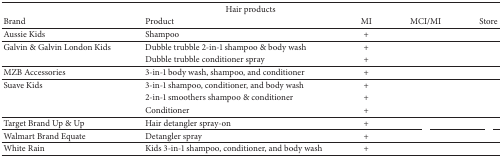
<table><thead><tr><td colspan="5"><b>Hair products</b></td></tr><tr><td><b>Brand</b></td><td><b>Product </b></td><td><b>MI</b></td><td><b>MCI/MI</b></td><td><b>Store</b></td></tr></thead><tbody><tr><td>Aussie Kids</td><td>Shampoo</td><td>+</td><td>[EMPTY_CELL]</td><td>[EMPTY_CELL]</td></tr><tr><td>Galvin &amp; Galvin London Kids </td><td>Dubble trubble 2-in-1 shampoo &amp; body wash</td><td>+</td><td>[EMPTY_CELL]</td><td>[EMPTY_CELL]</td></tr><tr><td>[EMPTY_CELL]</td><td>Dubble trubble conditioner spray</td><td>+</td><td>[EMPTY_CELL]</td><td>[EMPTY_CELL]</td></tr><tr><td>MZB Accessories </td><td>3-in-1 body wash, shampoo, and conditioner </td><td>+</td><td>[EMPTY_CELL]</td><td>[EMPTY_CELL]</td></tr><tr><td>Suave Kids</td><td>3-in-1 shampoo, conditioner, and body wash</td><td>+</td><td>[EMPTY_CELL]</td><td>[EMPTY_CELL]</td></tr><tr><td>[EMPTY_CELL]</td><td>2-in-1 smoothers shampoo &amp; conditioner</td><td>+</td><td>[EMPTY_CELL]</td><td>[EMPTY_CELL]</td></tr><tr><td>[EMPTY_CELL]</td><td>Conditioner </td><td>+</td><td>[EMPTY_CELL]</td><td>[EMPTY_CELL]</td></tr><tr><td>Target Brand Up &amp; Up</td><td>Hair detangler spray-on</td><td>+</td><td>[EMPTY_CELL]</td><td>[EMPTY_CELL]</td></tr><tr><td>Walmart Brand Equate</td><td>Detangler spray</td><td>+</td><td>[EMPTY_CELL]</td><td>[EMPTY_CELL]</td></tr><tr><td>White Rain </td><td>Kids 3-in-1 shampoo, conditioner, and body wash</td><td>+</td><td>[EMPTY_CELL]</td><td>[EMPTY_CELL]</td></tr></tbody></table>